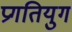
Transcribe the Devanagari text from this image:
प्रगतियुग